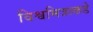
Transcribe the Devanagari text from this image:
विश्वमित्राकडे